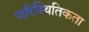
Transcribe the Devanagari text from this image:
पारिस्थितिकता